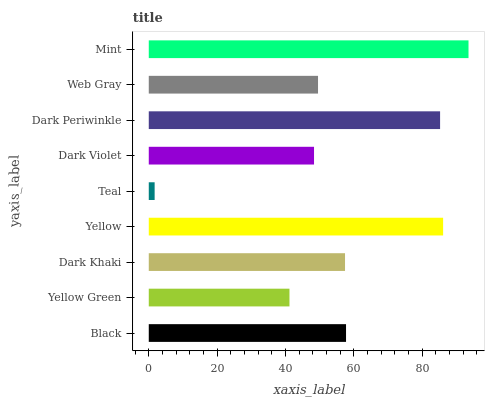
| yaxis_label | bars |
 | --- | --- |
 | Black | 57.7 |
 | Yellow Green | 41.2 |
 | Dark Khaki | 57.4 |
 | Yellow | 86.2 |
 | Teal | 1.72 |
 | Dark Violet | 48.4 |
 | Dark Periwinkle | 85.3 |
 | Web Gray | 49.5 |
 | Mint | 93.6 |